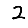
Digit: 2